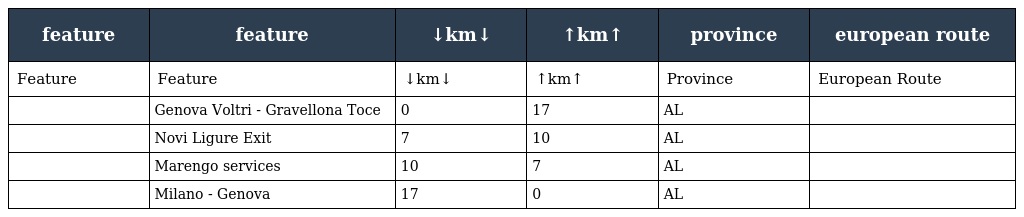
| feature | feature | ↓km↓ | ↑km↑ | province | european route |
 | --- | --- | --- | --- | --- | --- |
 | Feature | Feature | ↓km↓ | ↑km↑ | Province | European Route |
 |  | Genova Voltri - Gravellona Toce | 0 | 17 | AL |  |
 |  | Novi Ligure Exit | 7 | 10 | AL |  |
 |  | Marengo services | 10 | 7 | AL |  |
 |  | Milano - Genova | 17 | 0 | AL |  |